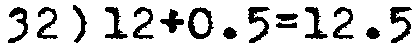
32) 12+0.5=12.5